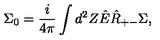
\Sigma _ { 0 } = \frac { i } { 4 \pi } \int d ^ { 2 } Z \hat { E } \hat { R } _ { + - } \Sigma ,